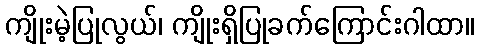
ကျိုးမဲ့ပြုလွယ်၊ ကျိုးရှိပြုခက်ကြောင်းဂါထာ။